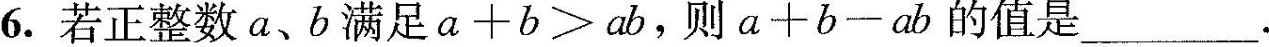
6.若正整数a、b满足$$a + b > a b$$，则$$a 十 b - a b$$的值是___.